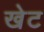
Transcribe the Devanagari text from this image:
खेट